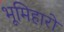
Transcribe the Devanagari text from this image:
भूमिहारो